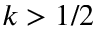
k > 1 / 2